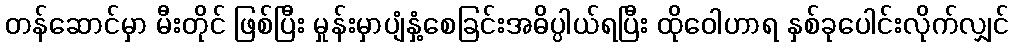
တန်ဆောင်မှာ မီးတိုင် ဖြစ်ပြီး မှုန်းမှာပျံနှံ့စေခြင်းအဓိပ္ပါယ်ရပြီး ထိုဝေါဟာရ နှစ်ခုပေါင်းလိုက်လျှင်